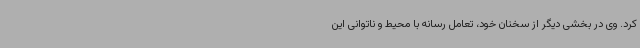
کرد. وی در بخشی دیگر از سخنان خود، تعامل رسانه با محیط و ناتوانی این